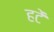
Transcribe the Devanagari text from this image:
हटें